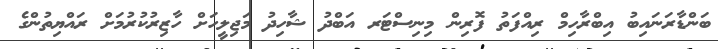
ބަންޑާރަނައިބު އިބްރާހިމް ރިއްފަތު ފޮރިން މިނިސްޓަރ އަބްދު ޝާހިދު މަޖިލީހަށް ހާޒިރުކުރުމަށް ރައްޔިތުންގެ